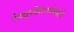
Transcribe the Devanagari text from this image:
निवृत्तीमार्गासाठी